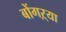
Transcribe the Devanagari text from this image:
बोंगऱ्या